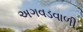
અગવડવાળી